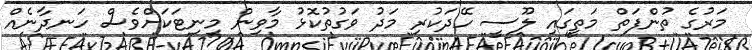
މަރުގެ ތުންފަތް މަތީގައި ލޫސީ ހޭދަކުރި މަދު ވަގުތުކޮޅު މާވިން މިނިޓަކަށްވެސް ހަނދާނެއް